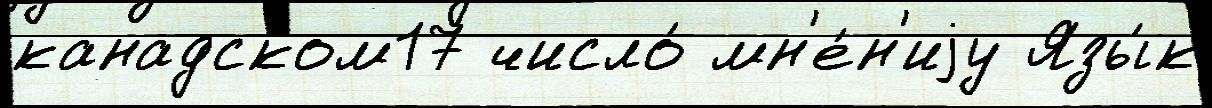
канадском17 число́ мн'е́н'иjу Язы́к